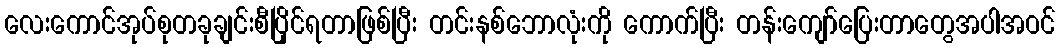
လေးကောင်အုပ်စုတခုချင်းစီပြိုင်ရတာဖြစ်ပြီး တင်းနစ်ဘောလုံးကို ကောက်ပြီး တန်းကျော်ပြေးတာတွေအပါအဝင်